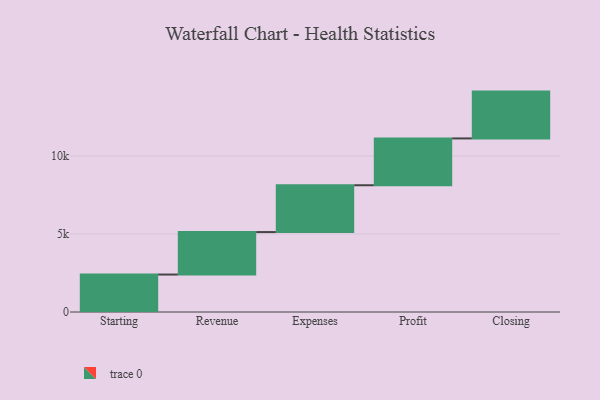
{"axis": {"x": "Step", "y": "Value"}, "legend": [""], "data": [{"x": "Starting", "y": 2400.0, "type": ""}, {"x": "Revenue", "y": 2721.0, "type": ""}, {"x": "Expenses", "y": 3000, "type": ""}, {"x": "Profit", "y": 3000, "type": ""}, {"x": "Closing", "y": 3000, "type": ""}]}